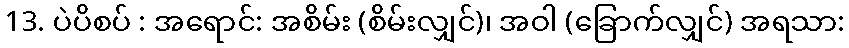
13. ပဲပိစပ် : အရောင်: အစိမ်း (စိမ်းလျှင်)၊ အဝါ (ခြောက်လျှင်) အရသာ: